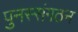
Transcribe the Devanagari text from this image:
पुनस्संगठन